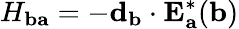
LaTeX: H_{\mathbf{ba}}=-\mathbf{d}_{\mathbf{b}}\cdot\mathbf{E}_{\mathbf{a}}^{\ast}(\mathbf{b})